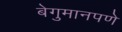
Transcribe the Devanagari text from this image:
बेगुमानपणे